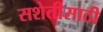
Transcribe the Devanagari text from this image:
सशेतीसाठी